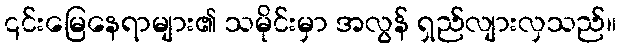
၎င်းမြေနေရာများ၏ သမိုင်းမှာ အလွန် ရှည်လျားလှသည်။